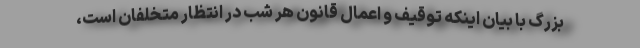
بزرگ با بیان اینکه توقیف و اعمال قانون هر شب در انتظار متخلفان است،